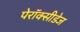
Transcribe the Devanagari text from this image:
पेरॉक्सीडेज